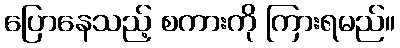
ပြောနေသည့် စကားကို ကြားရမည်။